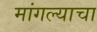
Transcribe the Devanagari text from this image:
मांगल्याचा